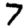
Digit: 7